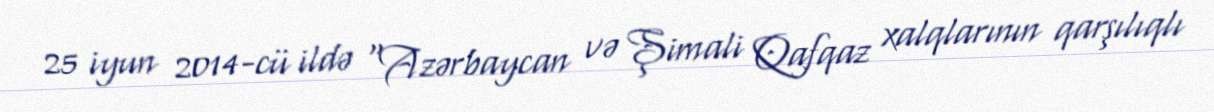
25 iyun 2014-cü ildə "Azərbaycan və Şimali Qafqaz xalqlarının qarşılıqlı